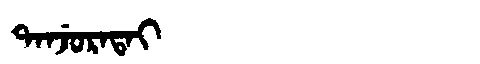
Manchu: ᡨᠠᠨᠵᡠᡵᠠᡨᠠᡳ
Romanization: TANJURATAI